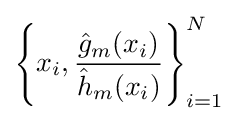
\left\{x_{i},{\dfrac {{\hat {g}}_{m}(x_{i})}{{\hat {h}}_{m}(x_{i})}}\right\}_{i=1}^{N}